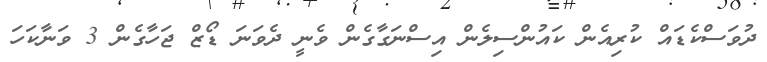
ދުވަސްކެޑައް ކުރިއެން ކައުންސިލެން އިސްނަގާގެން ވެނީ ދެވަނަ ޑޯޒް ޖަހާގެން 3 ވަނާކަހަ